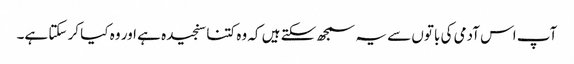
آپ اس آدمی کی باتوں سے یہ سمجھ سکتے ہیں کہ وہ کتنا سنجیدہ ہے اور وہ کیا کر سکتا ہے۔